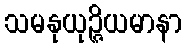
သမနုယုဉ္ဇိယမာနာ